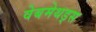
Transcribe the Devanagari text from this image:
वेबमेथड्स